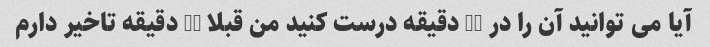
آیا می توانید آن را در 15 دقیقه درست کنید من قبلا 10 دقیقه تاخیر دارم